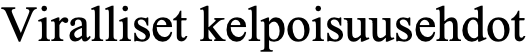
Viralliset kelpoisuusehdot